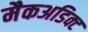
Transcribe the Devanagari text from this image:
मैकअडिक्ट